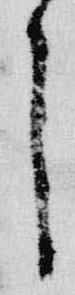
了